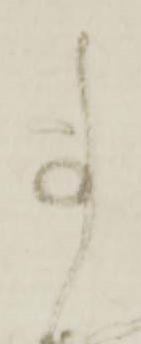
事